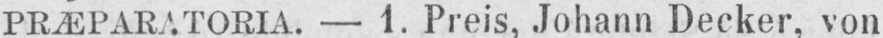
PRÆPARATORIA. - 1. Preis, Johann Decker, von